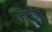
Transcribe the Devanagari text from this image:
न्हाणीघर